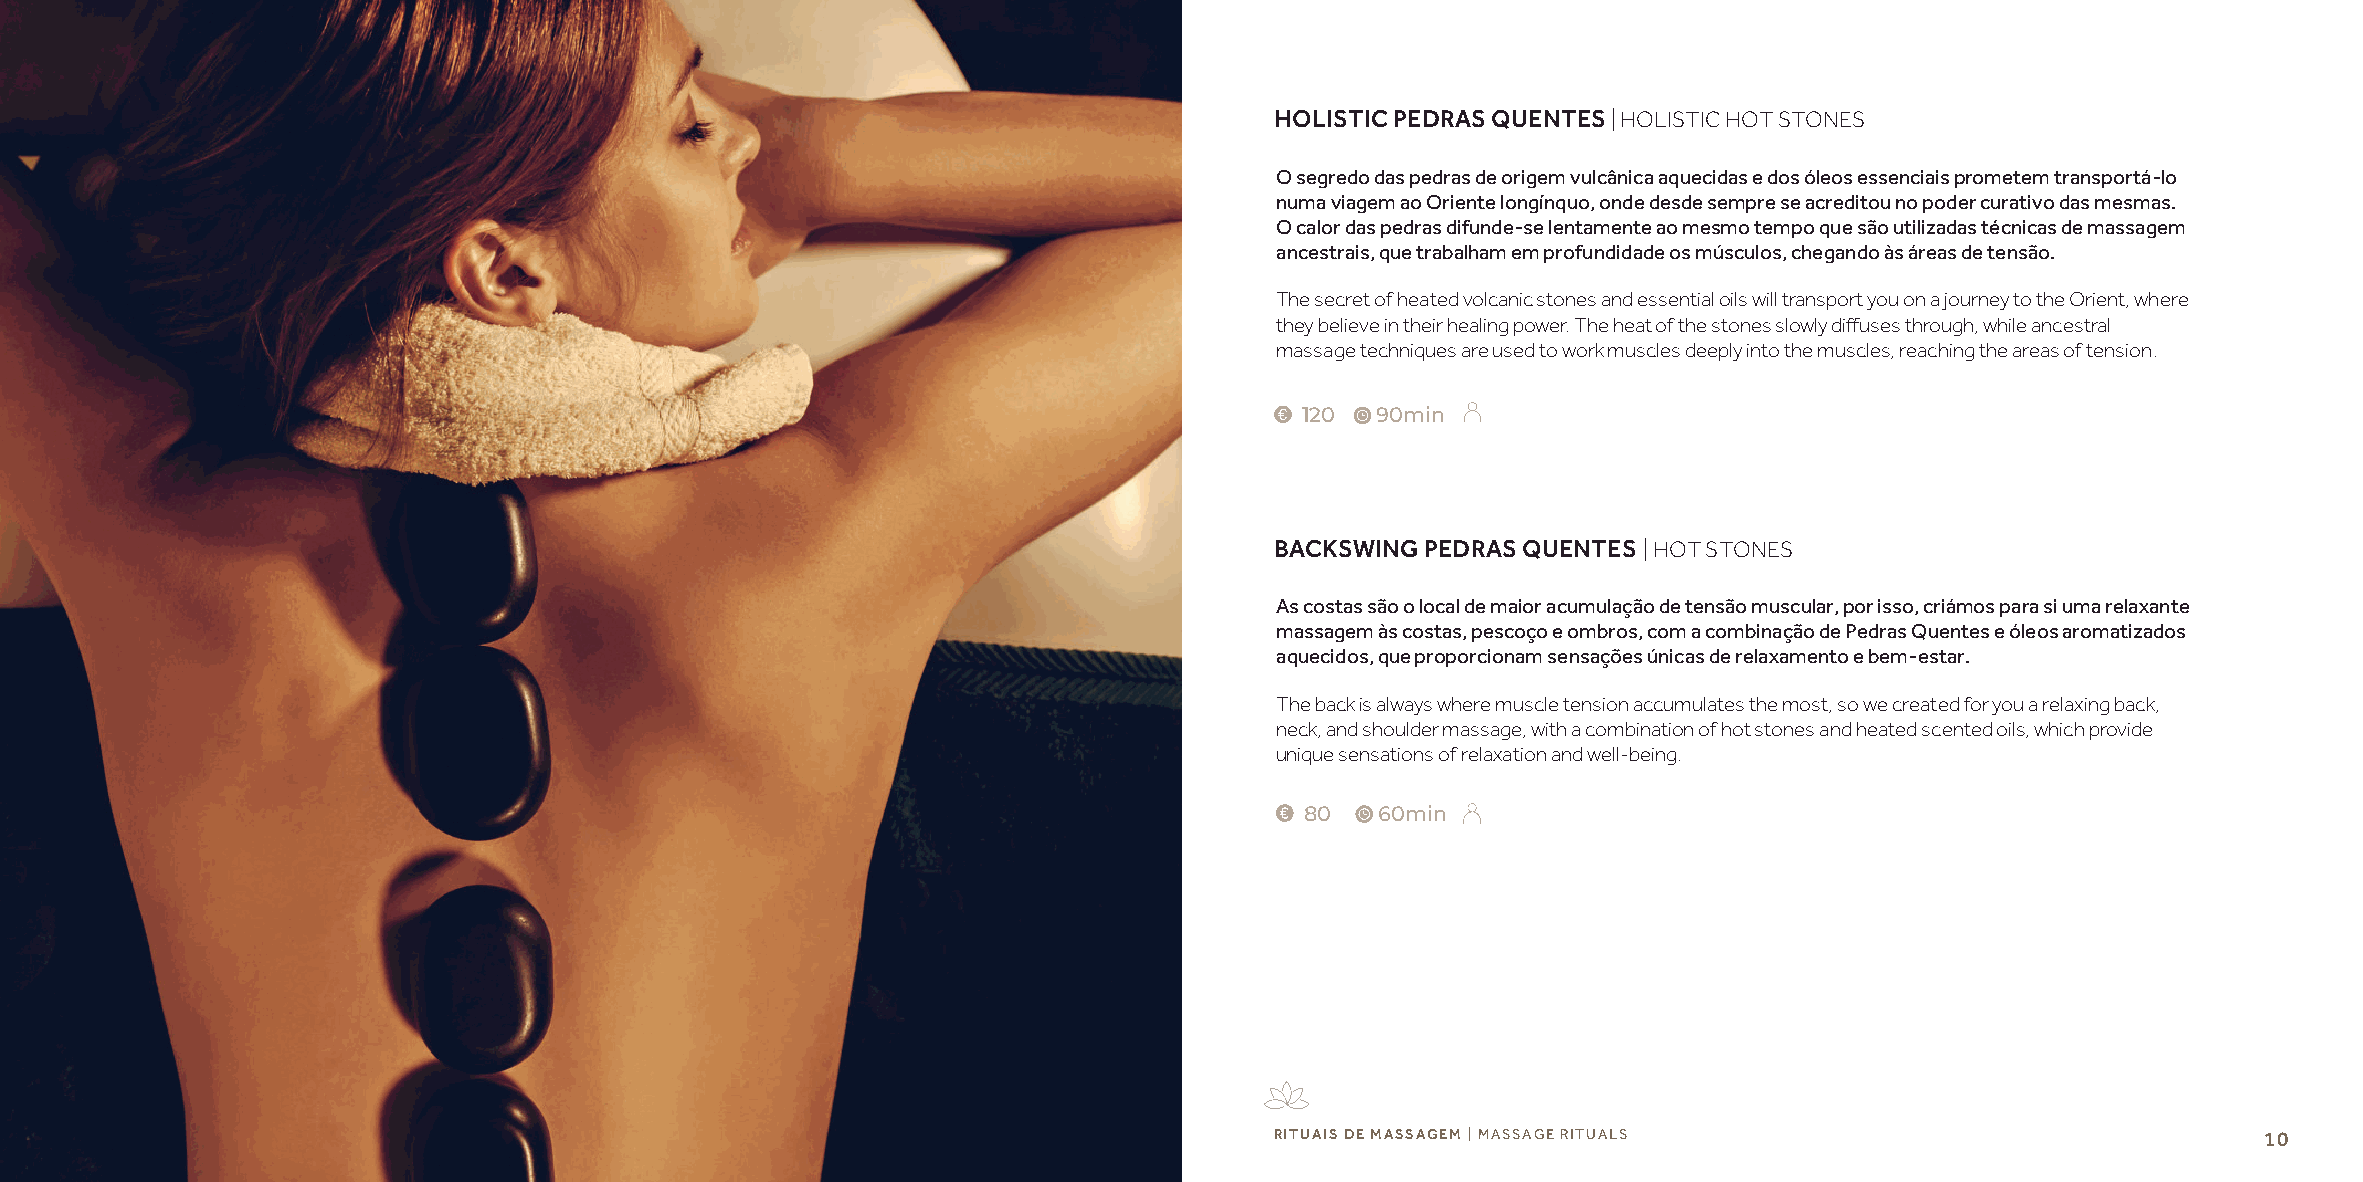
HOLISTIC PEDRAS QUENTES | HOLISTIC HOT STONES
 O segredo das pedras de origem vulcânica aquecidas e dos óleos essenciais prometem transportá-lo
 numa viagem ao Oriente longínquo, onde desde sempre se acreditou no poder curativo das mesmas.
 O calor das pedras difunde-se lentamente ao mesmo tempo que são utilizadas técnicas de massagem
 ancestrais, que trabalham em profundidade os músculos, chegando às áreas de tensão.
 The secret of heated volcanic stones and essential oils will transport you on a journey to the Orient, where
 they believe in their healing power. The heat of the stones slowly diffuses through, while ancestral
 massage techniques are used to work muscles deeply into the muscles, reaching the areas of tension.
 120  90min
 BACKSWING PEDRAS QUENTES | HOT STONES
 As costas são o local de maior acumulação de tensão muscular, por isso, criámos para si uma relaxante
 massagem às costas, pescoço e ombros, com a combinação de Pedras Quentes e óleos aromatizados
 aquecidos, que proporcionam sensações únicas de relaxamento e bem-estar.
 The back is always where muscle tension accumulates the most, so we created for you a relaxing back,
 neck, and shoulder massage, with a combination of hot stones and heated scented oils, which provide
 unique sensations of relaxation and well-being.
 80   60min
 RITUAIS DE MASSAGEM | MASSAGE RITUALS                             10